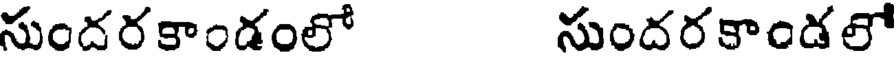
సుందరకాండంలో సుందరకాండలో